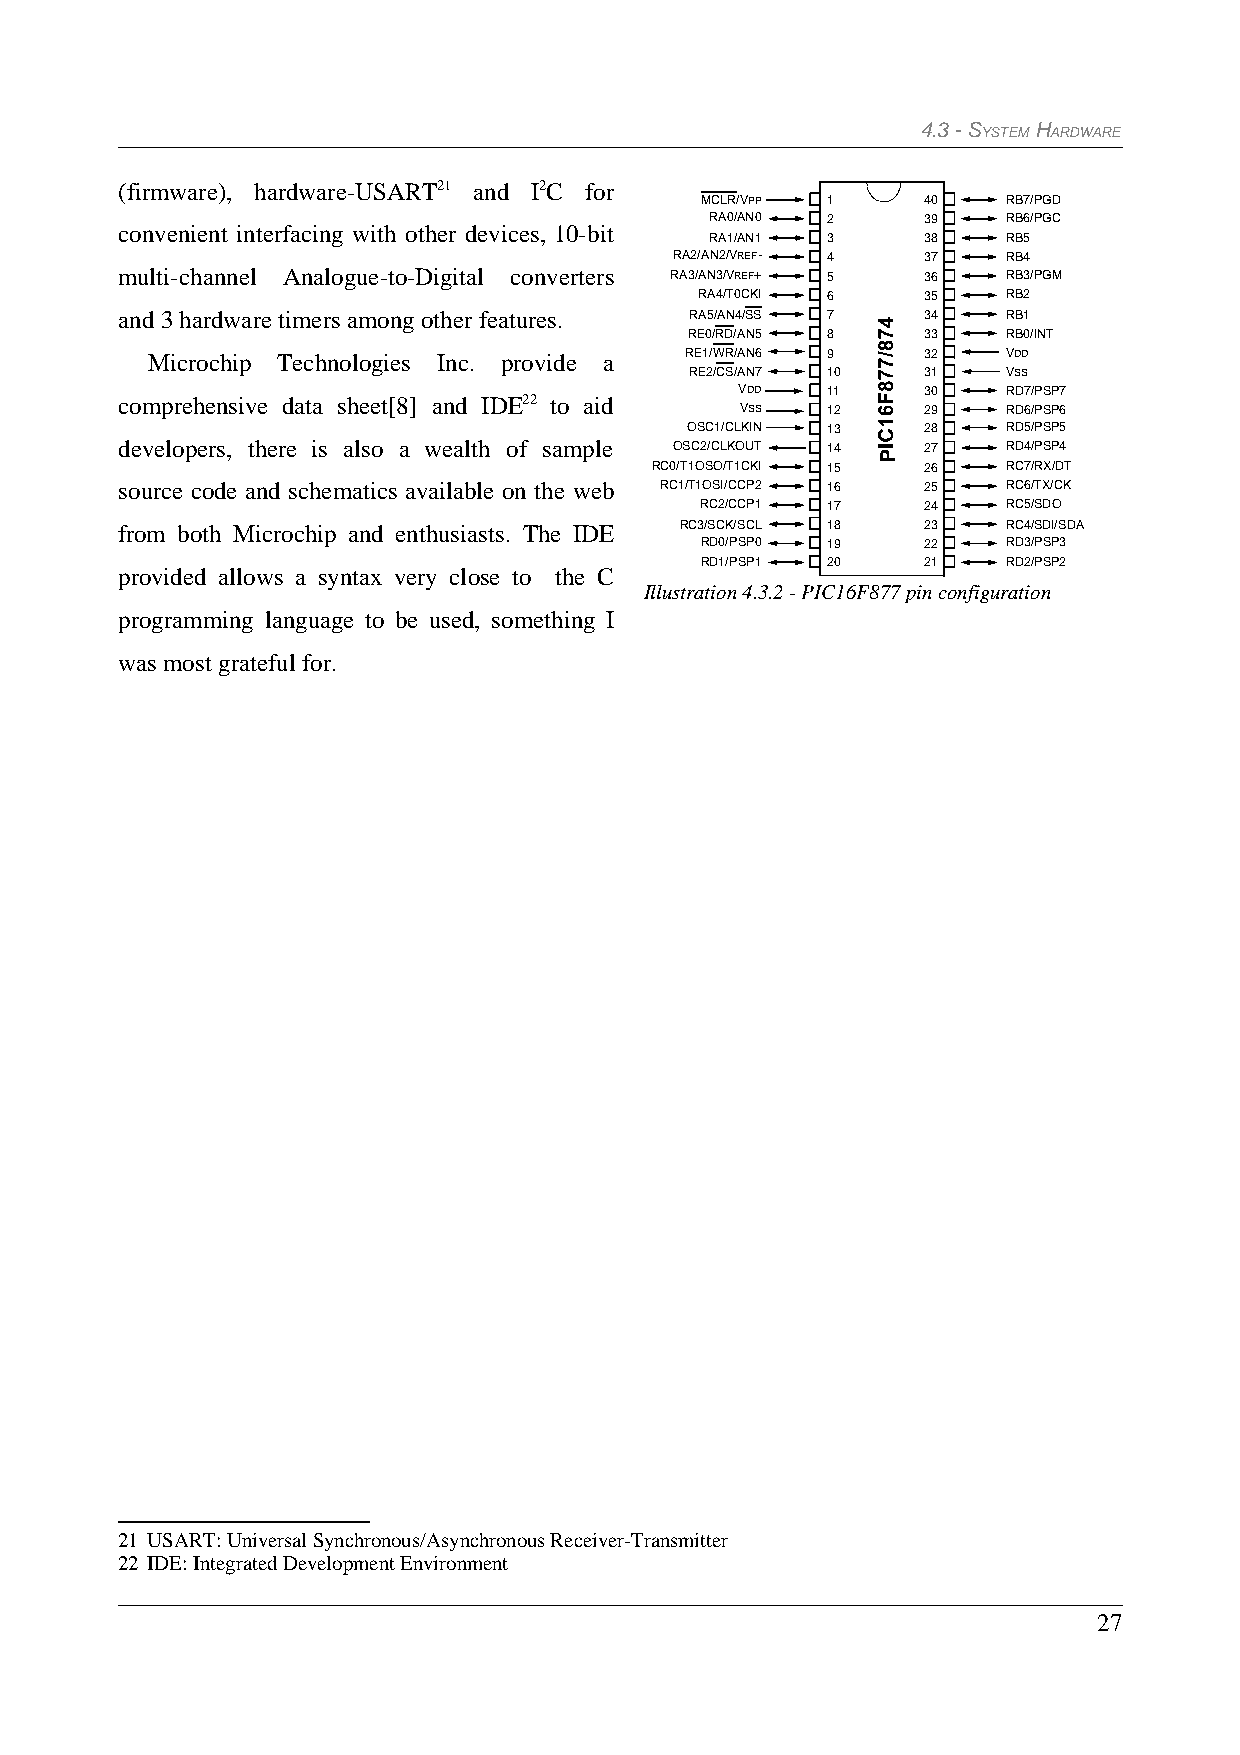
4.3 - SYSTEM HARDWARE
 (firmware), hardware-USART21 and I2C for
 MCLR/VPP 1     40    RB7/PGD
 RA0/AN0 2     39    RB6/PGC
 convenient interfacing with other devices, 10-bit
 RA1/AN1 3     38    RB5
 RA2/AN2/VREF- 4 37    RB4
 multi-channel Analogue-to-Digital converters RA3/AN3/VREF+ 5 36 RB3/PGM
 RA4/T0CKI 6    35    RB2
 and 3 hardware timers among other features. RA5/AN4/SS 7 34 RB1
 RE0/RD/AN5 8   33    RB0/INT
 Microchip Technologies Inc. provide a RE1/WR/AN6 9 32    VDD
 RE2/CS/AN7 10  31    VSS
 VDD   11    30    RD7/PSP7
 comprehensive data sheet[8] and IDE22 to aid
 VSS   12    29    RD6/PSP6
 OSC1/CLKIN 13   28    RD5/PSP5
 developers, there is also a wealth of sample OSC2/CLKOUT 14 27 RD4/PSP4
 RC0/T1OSO/T1CKI 15 26   RC7/RX/DT
 source code and schematics available on the web RC1/T1OSI/CCP2 16 25 RC6/TX/CK
 RC2/CCP1 17    24    RC5/SDO
 from both Microchip and enthusiasts. The IDE RC3/SCK/SCL 18 23 RC4/SDI/SDA
 RD0/PSP0 19    22    RD3/PSP3
 RD1/PSP1 20    21    RD2/PSP2
 provided allows a syntax very close to the C
 Illustration 4.3.2 - PIC16F877 pin configuration
 programming language to be used, something I
 was most grateful for.
 21 USART: Universal Synchronous/Asynchronous Receiver-Transmitter
 22 IDE: Integrated Development Environment
 27